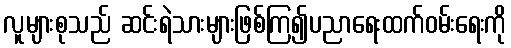
လူများစုသည် ဆင်းရဲသားများဖြစ်ကြ၍ပညာရေးထက်ဝမ်းရေးကို